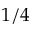
1 / 4